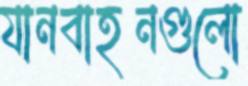
যানবাহনগুলো